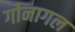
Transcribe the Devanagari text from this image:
गोनागल